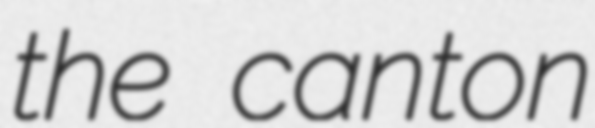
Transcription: the canton